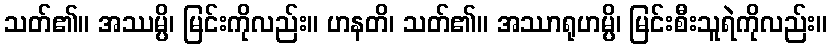
သတ်၏။ အဿမ္ပိ၊ မြင်းကိုလည်း။ ဟနတိ၊ သတ်၏။ အဿာရုဟမ္ပိ၊ မြင်းစီးသူရဲကိုလည်း။